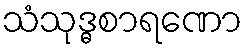
သံသုဒ္ဓစာရဏော